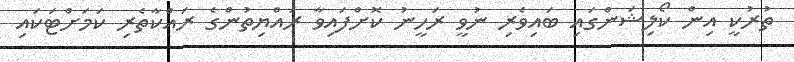
ތުރުކީ އިން ކޯލިޝަންގައި ބައިވެރި ނުވީ ރަހީނު ކޮށްފައިވާ ރައްޔިތުންގެ ރައްކާތެރި ކަމަށްޓަކައި